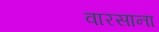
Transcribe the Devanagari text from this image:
वारसाना